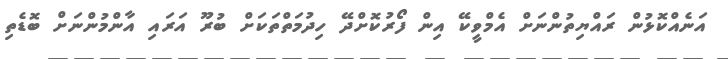
އަނެއްކޮޅުން ރައްޔިތުންނަށް އެމްވީކޭ އިން ފޯރުކޮށްދޭ ހިދުމަތްތަކަށް ބުރޫ އަރައި އާންމުންނަށް ބޮޑެތި